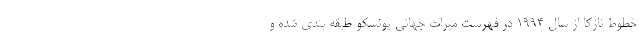
خطوط نازکا از سال ۱۹۹۴ در فهرست میراث جهانی یونسکو طبقه بندی شده و